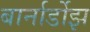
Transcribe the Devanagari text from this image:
बार्नार्डोझ